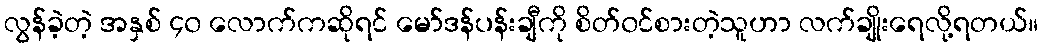
လွန်ခဲ့တဲ့ အနှစ် ၄၀ လောက်ကဆိုရင် မော်ဒန်ပန်းချီကို စိတ်၀င်စားတဲ့သူဟာ လက်ချိုးရေလို့ရတယ်။